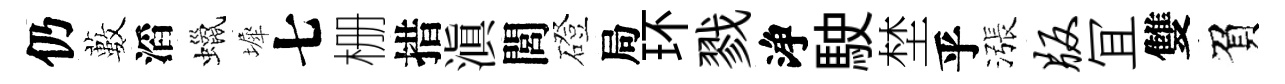
仍藪滔蠟墀七栅措滇閭磴局环戮浄駛埜乎漲版冝雙負